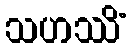
သဟဿိံ